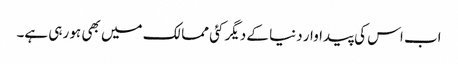
اب اس کی پیداوار دنیا کے دیگر کئی ممالک میں بھی ہو رہی ہے۔